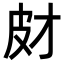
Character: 𤿋